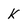
Character: k